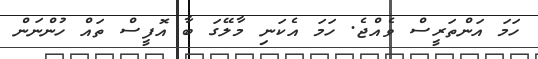
ހަމަ އަންތަރީސް ވެއްޖެ. ހަމަ އެކަނި މާލޭގަ ބާ އޮފީސް ތައް ހުންނަން